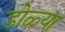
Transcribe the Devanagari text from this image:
डोळ्या